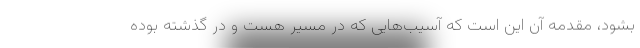
بشود، مقدمه آن این است که آسیب‌هایی که در مسیر هست و در گذشته بوده